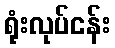
ရုံးလုပ်ငန်း